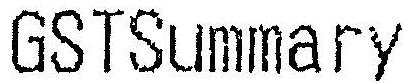
GSTSUMMARY